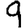
Digit: 9